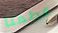
قطعنا